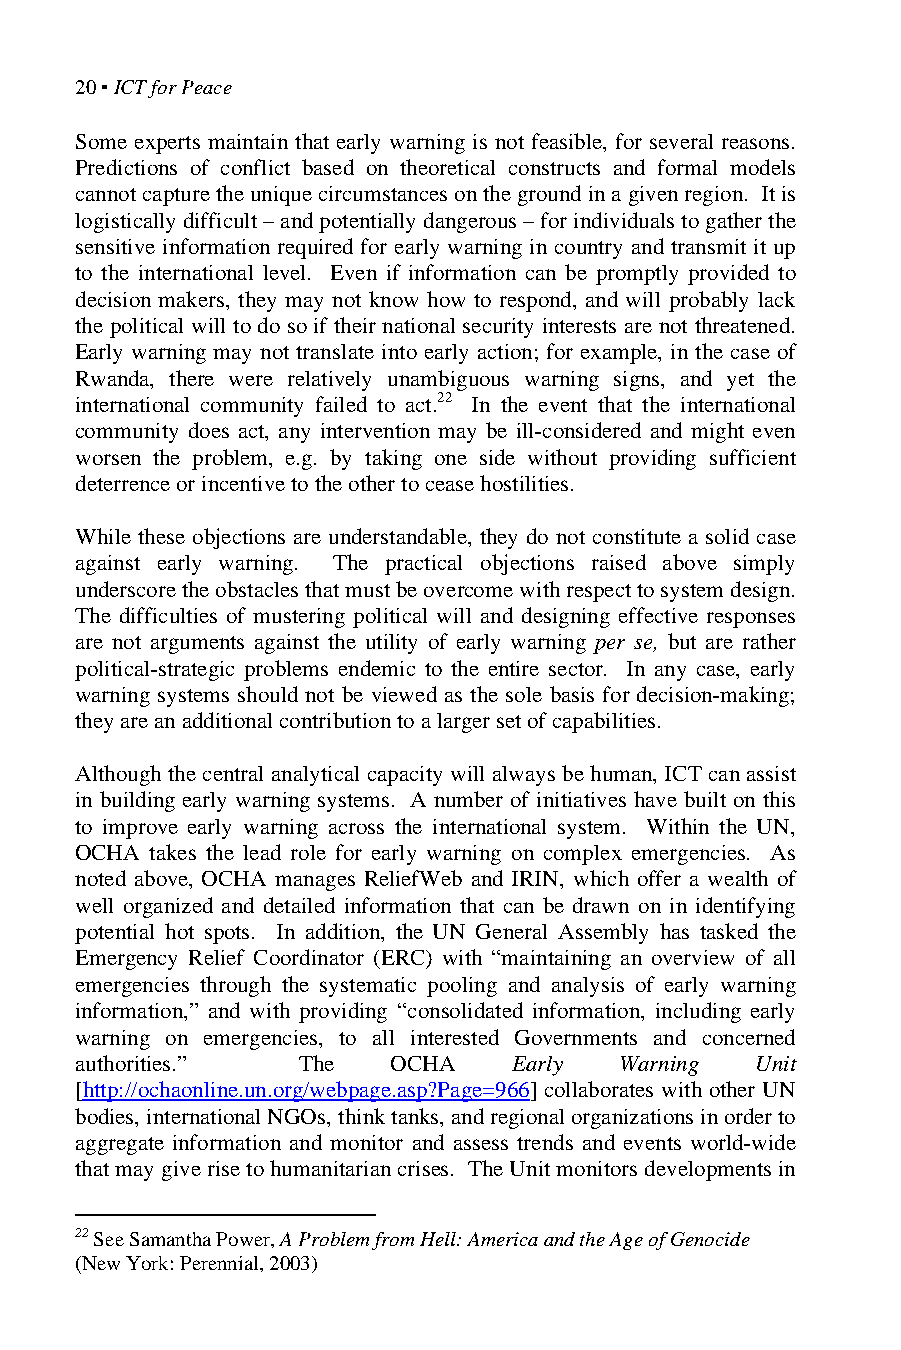
20 ▪ ICT for Peace
 Some experts maintain that early warning is not feasible, for several reasons.
 Predictions of conflict based on theoretical constructs and formal models
 cannot capture the unique circumstances on the ground in a given region. It is
 logistically difficult – and potentially dangerous – for individuals to gather the
 sensitive information required for early warning in country and transmit it up
 to the international level. Even if information can be promptly provided to
 decision makers, they may not know how to respond, and will probably lack
 the political will to do so if their national security interests are not threatened.
 Early warning may not translate into early action; for example, in the case of
 Rwanda, there were relatively unambiguous warning signs, and yet the
 international community failed to act.22 In the event that the international
 community does act, any intervention may be ill-considered and might even
 worsen the problem, e.g. by taking one side without providing sufficient
 deterrence or incentive to the other to cease hostilities.
 While these objections are understandable, they do not constitute a solid case
 against early warning. The practical objections raised above simply
 underscore the obstacles that must be overcome with respect to system design.
 The difficulties of mustering political will and designing effective responses
 are not arguments against the utility of early warning per se, but are rather
 political-strategic problems endemic to the entire sector. In any case, early
 warning systems should not be viewed as the sole basis for decision-making;
 they are an additional contribution to a larger set of capabilities.
 Although the central analytical capacity will always be human, ICT can assist
 in building early warning systems. A number of initiatives have built on this
 to improve early warning across the international system. Within the UN,
 OCHA takes the lead role for early warning on complex emergencies. As
 noted above, OCHA manages ReliefWeb and IRIN, which offer a wealth of
 well organized and detailed information that can be drawn on in identifying
 potential hot spots. In addition, the UN General Assembly has tasked the
 Emergency Relief Coordinator (ERC) with “maintaining an overview of all
 emergencies through the systematic pooling and analysis of early warning
 information,” and with providing “consolidated information, including early
 warning on emergencies, to all interested Governments and concerned
 authorities.”  The   OCHA    Early  Warning  Unit
 [http://ochaonline.un.org/webpage.asp?Page=966] collaborates with other UN
 bodies, international NGOs, think tanks, and regional organizations in order to
 aggregate information and monitor and assess trends and events world-wide
 that may give rise to humanitarian crises. The Unit monitors developments in
 22 See Samantha Power, A Problem from Hell: America and the Age of Genocide
 (New York: Perennial, 2003)